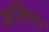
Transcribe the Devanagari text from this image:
आशिय।